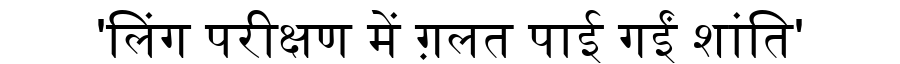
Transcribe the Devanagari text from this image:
'लिंग परीक्षण में ग़लत पाई गईं शांति'